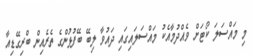
މި މައްސަލަ ކޯޓަށް ވެއްދުމާއެކު މައްސަލައިގައި ދައުވާ ލިބޭ ބޭފުޅުންގެ ތެރެއިން ބްރިގޭޑިއާ